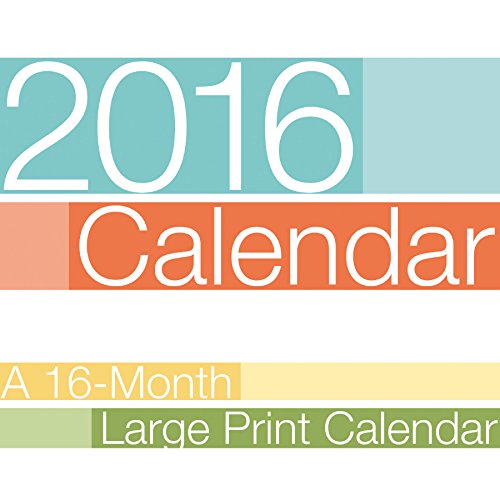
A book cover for Large Print 2016 Wall Calendar; Trends International; Calendars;